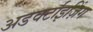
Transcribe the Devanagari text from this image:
अडवर्टाइज़िंग